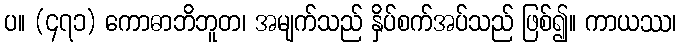
ပ။ (၄၇၁) ကောဓာဘိဘူတ၊ အမျက်သည် နှိပ်စက်အပ်သည် ဖြစ်၍။ ကာယဿ၊